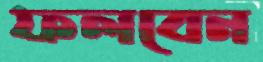
ফলবেন